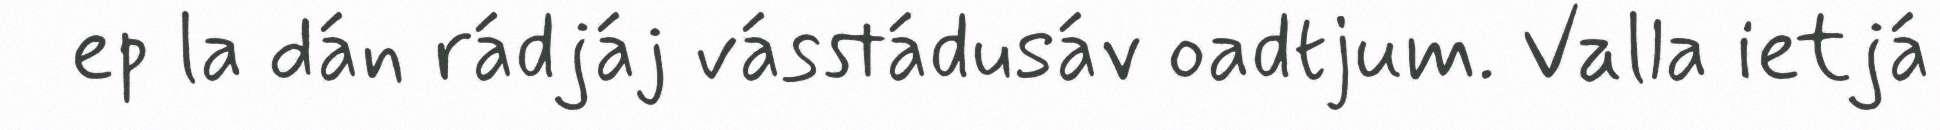
ep la dán rádjáj vásstádusáv oadtjum. Valla ietjá